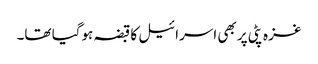
غزہ پٹی پر بھی اسرائیل کا قبضہ ہوگیا تھا۔